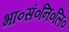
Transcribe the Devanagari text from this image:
भा०सं०नि०लि०